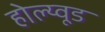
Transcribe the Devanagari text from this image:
होल्य्वूड